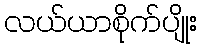
လယ်ယာစိုက်ပျိုး